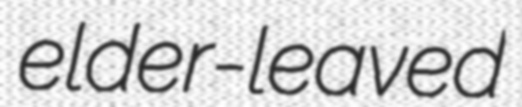
elder-leaved